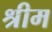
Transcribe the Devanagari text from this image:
श्रीम